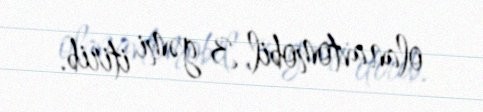
olan avtomobil, 3 gəmi itirib.